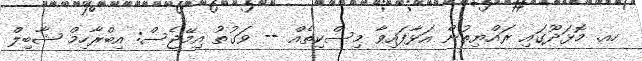
ހއ. މޮޅަދޫގައި ރައްޔިތުން އަޅާފައިވާ މިސްކިތެއް -- ވަގުތު އިމޭޖެސް: އިބްރާހިމް ޝާބިލް